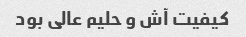
کیفیت آش و حلیم عالی بود